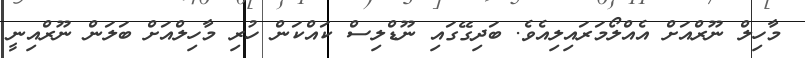
މާހިލް ނޫރްއަށް އެއްލޯމަރައިލިއެވެ. ބަދިގޭގައި ނޫޑްލިސް ކައްކަން ހުރި މާހިލްއަށް ބަލަން ނޫރްއިނީ